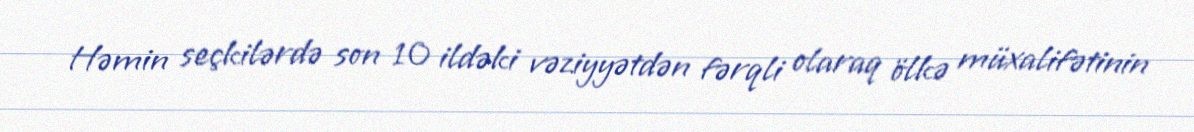
Həmin seçkilərdə son 10 ildəki vəziyyətdən fərqli olaraq ölkə müxalifətinin